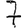
Digit: 7